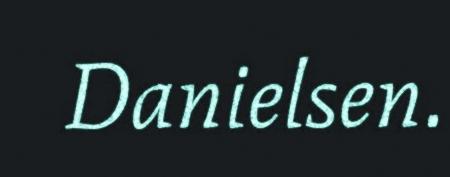
Danielsen.